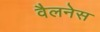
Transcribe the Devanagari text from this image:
वैलनेस